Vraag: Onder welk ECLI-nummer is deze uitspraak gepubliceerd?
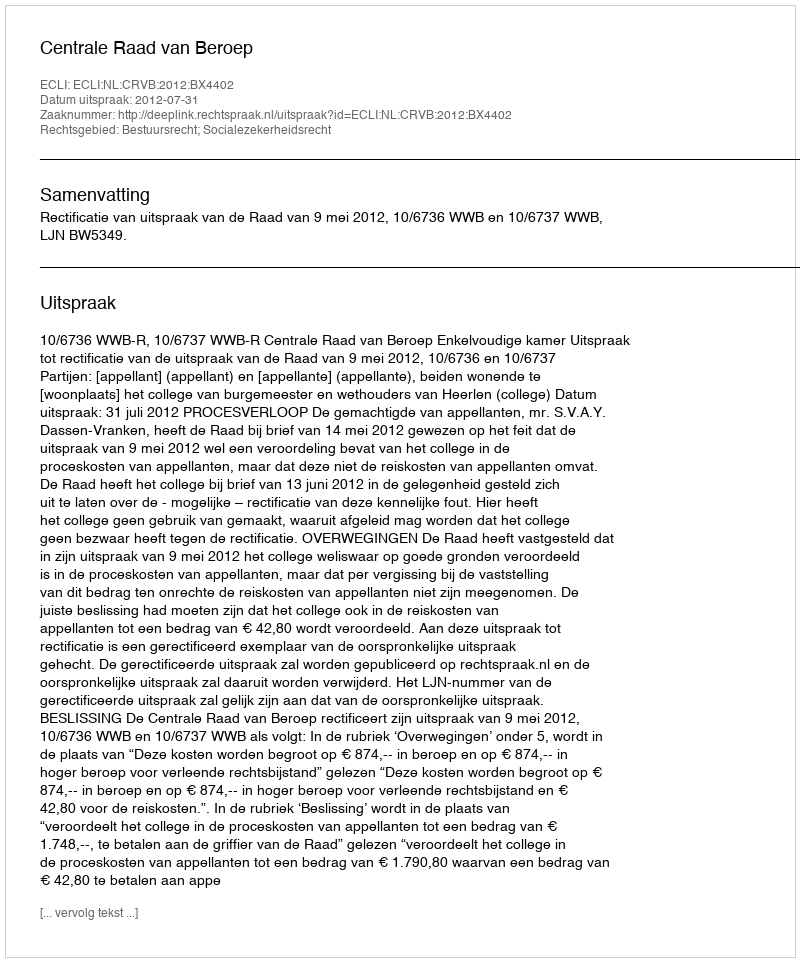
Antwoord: ECLI:NL:CRVB:2012:BX4402